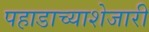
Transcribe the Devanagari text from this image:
पहाडाच्याशेजारी